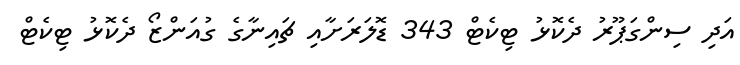
އަދި ސިންގަޕޫރު ދެކޮޅު ޓިކެޓް 343 ޑޮލަރަށާއި ޗައިނާގެ ގުއަންޒޯ ދެކޮޅު ޓިކެޓް